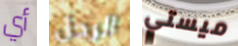
أي الرجل ميستي